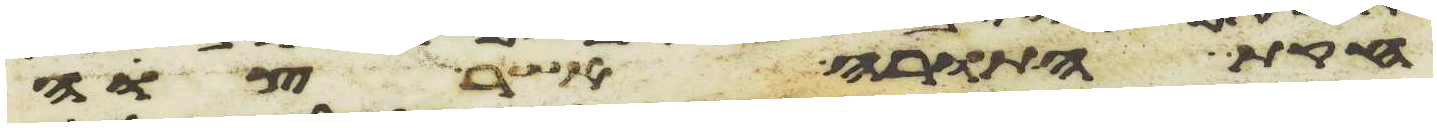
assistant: חקת התורה אשר צוה